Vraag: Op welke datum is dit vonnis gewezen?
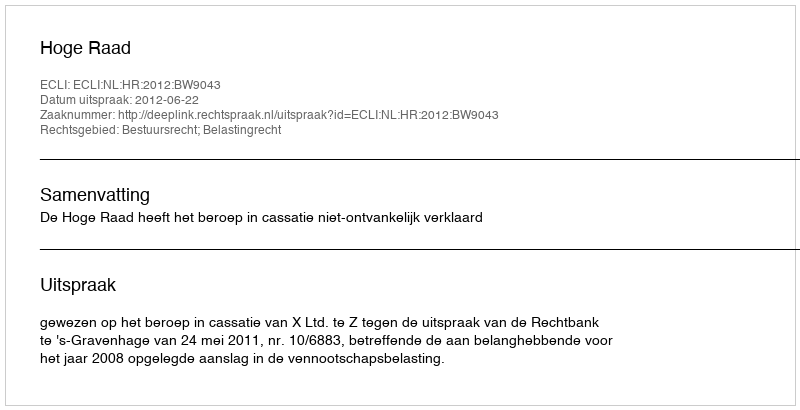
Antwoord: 2012-06-22